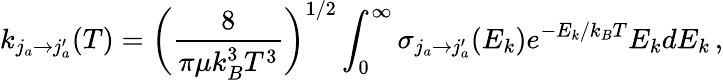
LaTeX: k_{j_{a}\rightarrow j_{a}^{\prime}}(T)=\bigg(\frac{8}{\pi\mu k_{B}^{3}T^{3}}\bigg)^{1/2}\int_{0}^{\infty}\sigma_{j_{a}\rightarrow j_{a}^{\prime}}(E_{k})e^{-E_{k}/k_{B}T}E_{k}dE_{k}\, ,